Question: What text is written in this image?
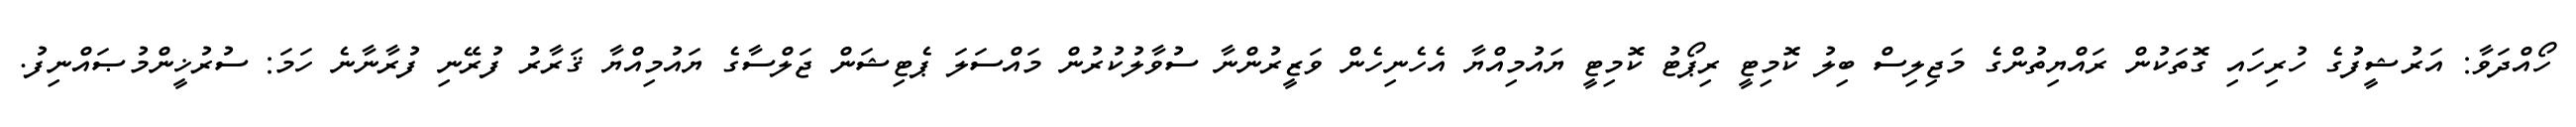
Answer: ހޯއްދަވާ: އަރުޝީފުގެ ހުރިހައި ގޮތަކުން ރައްޔިތުންގެ މަޖިލިސް ބިލު ކޮމިޓީ ރިޕޯޓު ކޮމިޓީ ޔައުމިއްޔާ އެހެނިހެން ވަޒީރުންނާ ސުވާލުކުރުން މައްސަލަ ޕެޓިޝަން ޖަލްސާގެ ޔައުމިއްޔާ ޤަރާރު ފުރޭނި ފުރާނާނެ ހަމަ: ސުރުޚީންމުޞައްނިފު.